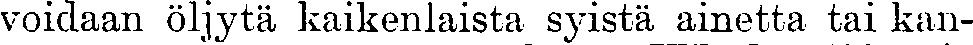
voidaan öljytä kaikenlaista syistä ainetta tai kan-